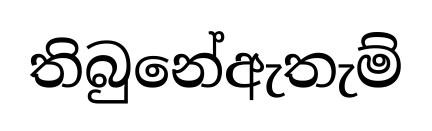
තිබුනේඇතැම්